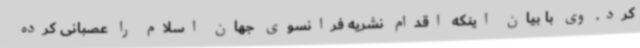
کرد. وی با بیان اینکه اقدام نشریه فرانسوی جهان اسلام را عصبانی کرده